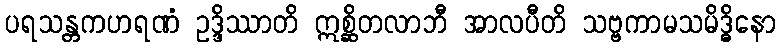
ပရသန္တကဟရဏံ ဥဒ္ဒိဿာတိ ဣစ္ဆိတလာဘီ အာလပီတိ သဗ္ဗကာမသမိဒ္ဓိနော